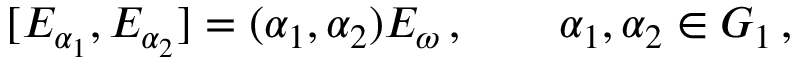
[ E _ { \alpha _ { 1 } } , E _ { \alpha _ { 2 } } ] = ( \alpha _ { 1 } , \alpha _ { 2 } ) E _ { \omega } \, , \qquad \alpha _ { 1 } , \alpha _ { 2 } \in G _ { 1 } \, ,